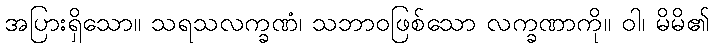
အပြားရှိသော။ သရသလက္ခဏံ၊ သဘာဝဖြစ်သော လက္ခဏာကို။ ဝါ၊ မိမိ၏